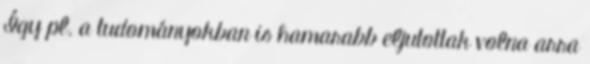
Így pl. a tudományokban is hamarabb eljutottak volna arra